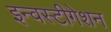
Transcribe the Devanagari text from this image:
इन्वस्टीगेशन